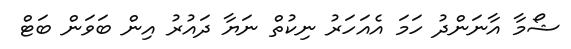
ޝޯމާ އާނަންދު ހަމަ އެއަހަރު ނިކުތް ނަޔާ ދައުރު އިން ބަވަން ބަޓް